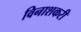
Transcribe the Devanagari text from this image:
विनाशकरी